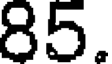
85.